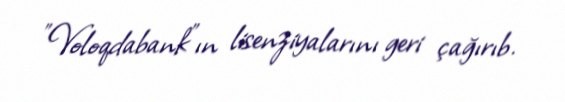
"Voloqdabank"ın lisenziyalarını geri çağırıb.